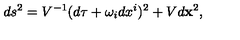
d s ^ { 2 } = V ^ { - 1 } ( d \tau + \omega _ { i } d x ^ { i } ) ^ { 2 } + V d { \bf x } ^ { 2 } ,